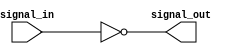
module active_low_buffer (
    input signal_in,
    output signal_out
);

assign signal_out = ~signal_in;

endmodule